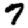
Digit: 7